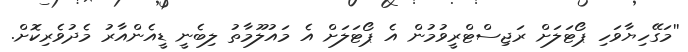
''މަގޭހިޔާވަހި ޕޯޓަލަށް ރަޖިސްޓްރީވުމުން އެ ޕޯޓަލަށް އެ މައުލޫމާތު ލިބެނީ ޑީއެންއާރު މެދުވެރިކޮށް.